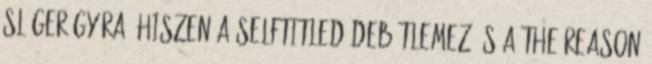
sláger-gyára, hiszen a selftitled debütlemez és a The Reason